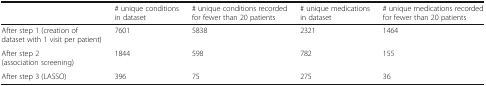
<table><thead><tr><td></td><td><b># unique conditions in dataset</b></td><td><b># unique conditions recorded for fewer than 20 patients</b></td><td><b># unique medications in dataset</b></td><td><b># unique medications recorded for fewer than 20 patients</b></td></tr></thead><tbody><tr><td>After step 1 (creation of dataset with 1 visit per patient)</td><td>7601</td><td>5838</td><td>2321</td><td>1464</td></tr><tr><td>After step 2 (association screening)</td><td>1844</td><td>598</td><td>782</td><td>155</td></tr><tr><td>After step 3 (LASSO)</td><td>396</td><td>75</td><td>275</td><td>36</td></tr></tbody></table>